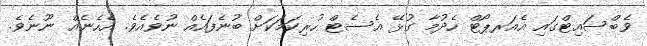
ވެބްސައިޓްގައި އެއަރޕޯޓް ހެދުމާ ގުޅޭ އެސެޓް ހުރިކަމަކަށް ބުނެފައެއް ނުވެއެވެ. އެހެނެއް ނޫނެވެ.